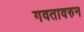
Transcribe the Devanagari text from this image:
गवतावरुन